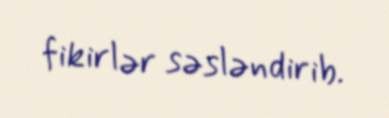
fikirlər səsləndirib.